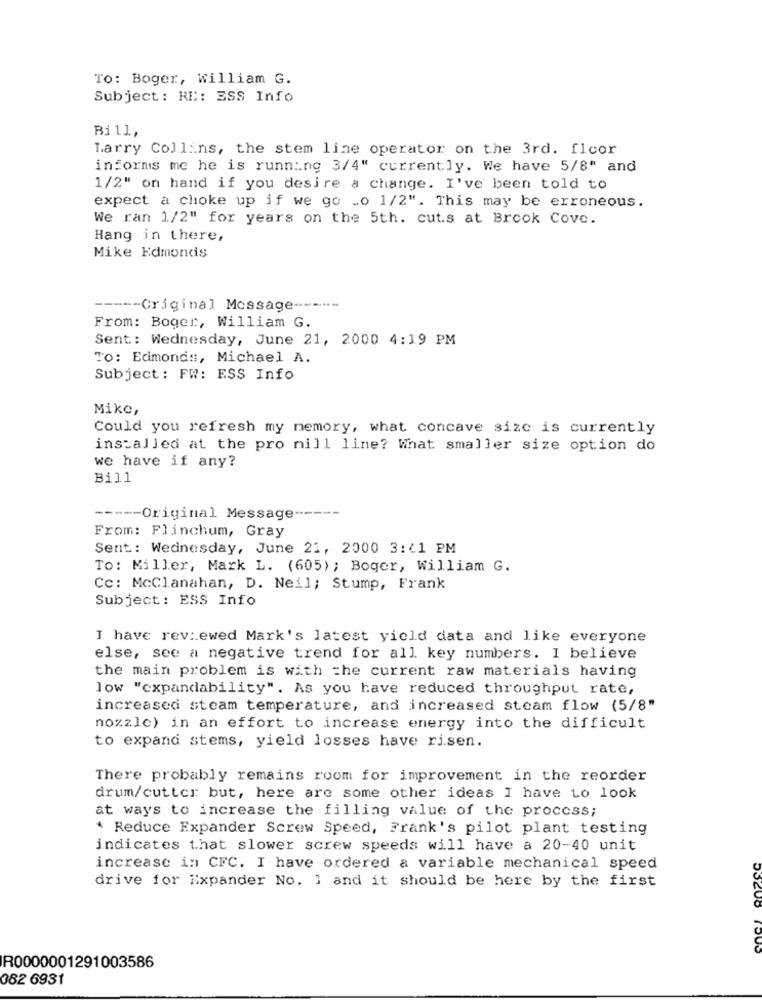
To: Boger, William G.
Subject: RE: ESS Info
Bill .,
Larry Collins, the stem line operator on the 3rd. floor
informs me he is running 3/4" currently. We have 5/8" and
1/2" on hand if you desire a change. I've been told to
expect a choke up if we go .o 1/2". This may be erroneous.
We ran 1/2" for years on the 5th. cuts at Brook Cove.
Hang in there,
Mike Edmondis
----- Original Message ------
From: Boger, William G.
Sent: Wednesday, June 21, 2000 4:19 PM
TO: Edmonds, Michael A.
Subject : FW: ESS Info
Mike,
Could you refresh my memory, what concave size is currently
installed at the pro mill line? What smaller size option do
we have if any?
Bill
----- Original Message ------
From: Flinchum, Gray
Sent: Wednesday, June 21, 2000 3:41 PM
To: Miller, Mark L. (605); Boger, William G.
Cc: Mcclanahan, D. Neil; Stump, Frank
Subject: ESS Info
I have reviewed Mark's latest yield data and like everyone
else, see a negative trend for all key numbers. I believe
the main problem is with the current raw materials having
low "expandability". As you have reduced throughput rate,
increased steam temperature, and increased steam flow (5/8"
nozzle) in an effort to increase energy into the difficult
to expand stems, yield losses have risen.
There probably remains room for improvement in the reorder
drum/cutter but, here are some other ideas I have to look
at ways to increase the filling value of the process;
* Reduce Expander Screw Speed, Frank's pilot plant testing
indicates that slower screw speeds will have a 20-40 unit
increase in CFC. I have ordered & variable mechanical speed
drive for Expander No. ] and it should be here by the first
R0000001291003586
082 6931